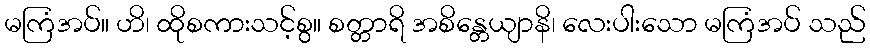
မကြံအပ်။ ဟိ၊ ထိုစကားသင့်စွ။ စတ္တာရိ အစိန္တေယျာနိ၊ လေးပါးသော မကြံအပ် သည်